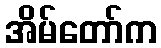
အိမ်တော်က